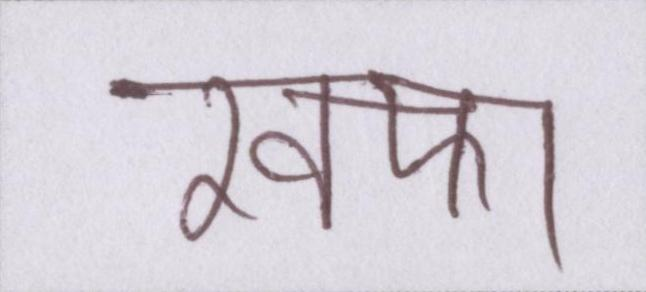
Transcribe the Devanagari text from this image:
खफा